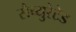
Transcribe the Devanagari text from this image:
सैच्युरेटेड